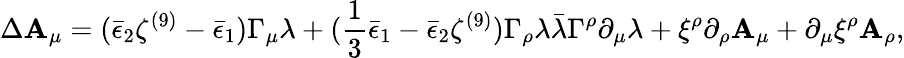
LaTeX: \Delta\mathbf{A}_{\mu}=(\bar{{\epsilon}}_{2}\zeta^{(9)}-\bar{{\epsilon}}_{1})\Gamma_{\mu}\lambda+({\frac{{1}}{{3}}}\bar{{\epsilon}}_{1}-\bar{{\epsilon}}_{2}\zeta^{(9)})\Gamma_{\rho}\lambda\bar{{\lambda}}\Gamma^{\rho}\partial_{\mu}\lambda+\xi^{\rho}\partial_{\rho}\mathbf{A}_{\mu}+\partial_{\mu}\xi^{\rho}\mathbf{A}_{\rho},